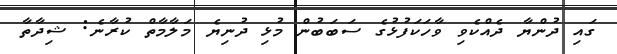
ގައި ދުންޔާ ދެއްކެވި ވާހަކަފުޅުގެ ސަބަބުން މުޅި ދުނިޔެ މަލާމާތް ކުރާނެ: ޝިދާތާ